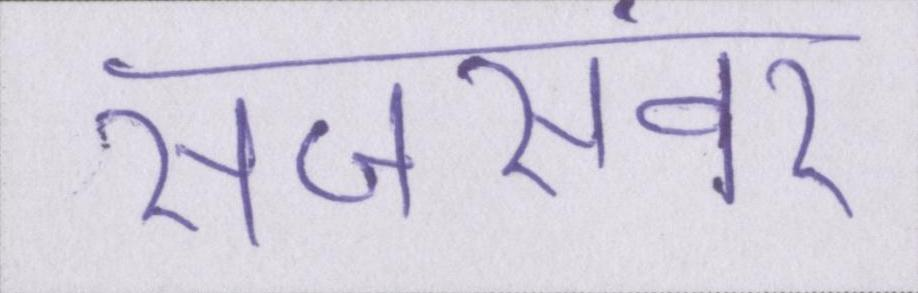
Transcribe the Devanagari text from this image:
सजसंवर